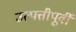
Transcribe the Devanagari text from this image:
उत्पत्तीपूर्वी